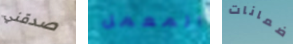
صدقني المعمل ضمانات